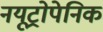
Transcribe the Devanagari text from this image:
नयूट्रोपेनिक